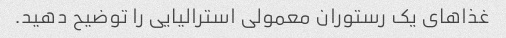
غذاهای یک رستوران معمولی استرالیایی را توضیح دهید.